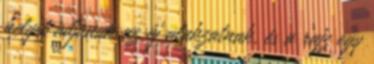
helyet adjanak az új alakzatnak, és a rajz egy